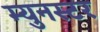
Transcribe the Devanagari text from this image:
म्युनस्टर